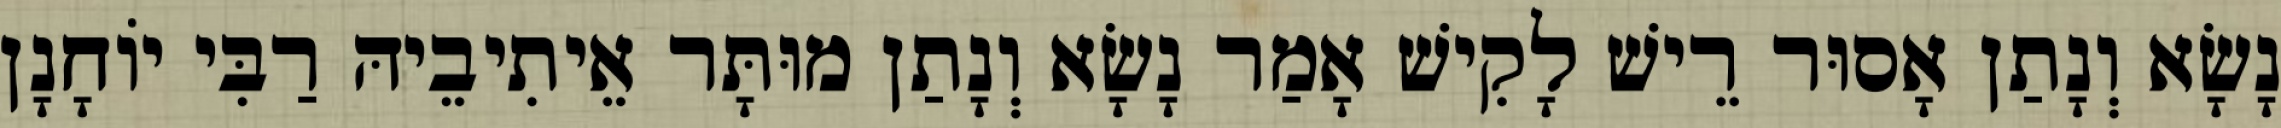
נָשָׂא וְנָתַן אָסוּר רֵישׁ לָקִישׁ אָמַר נָשָׂא וְנָתַן מוּתָּר אֵיתִיבֵיהּ רַבִּי יוֹחָנָן